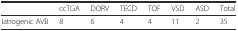
|  | ccTGA | DORV | TECD | TOF | VSD | ASD | Total |
 | --- | --- | --- | --- | --- | --- | --- | --- |
 | Iatrogenic AVB | 8 | 6 | 4 | 4 | 11 | 2 | 35 |